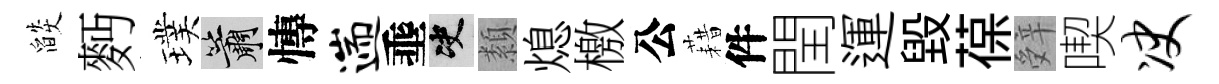
燄麪璞簫慱遄埀决纇熄檄公藉件閏運毀葆辤喫决